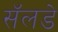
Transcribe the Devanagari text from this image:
सॅलडे